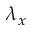
\lambda _ { x }